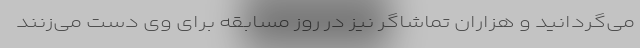
می‌گردانید و هزاران تماشاگر نیز در روز مسابقه برای وی دست می‌زنند